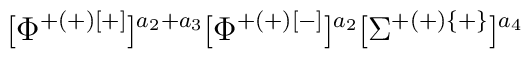
[\Phi^{+(+)[+]}]^{a_2+a_3}[\Phi^{+(+)[-]}]^{a_2}[\Sigma^{+(+)\{+\}}]^{a_4}